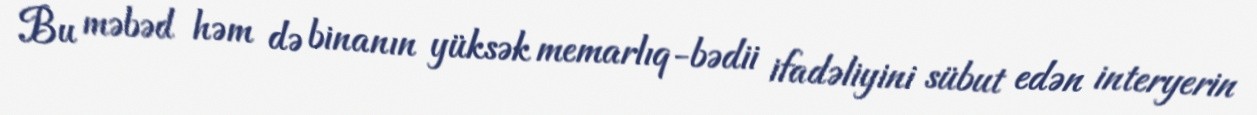
Bu məbəd həm də binanın yüksək memarlıq-bədii ifadəliyini sübut edən interyerin